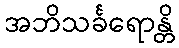
အဘိသင်္ခရောန္တိ